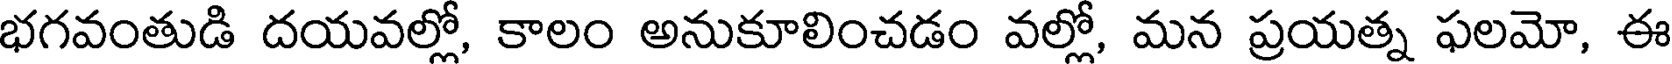
భగవంతుడి దయవల్లో, కాలం అనుకూలించడం వల్లో, మన ప్రయత్న ఫలమో, ఈ